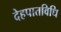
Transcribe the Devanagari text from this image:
देहपातविधि